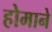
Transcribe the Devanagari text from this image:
होमाने